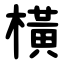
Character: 橫